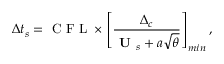
\Delta t _ { s } = \mathrm { ~ C ~ F ~ L ~ } \times \left[ \frac { \Delta _ { c } } { \textbf { U } _ { s } + a \sqrt { \theta } } \right] _ { m i n } ,